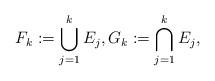
LaTeX: \begin{align*}F_k:=\bigcup_{j=1}^k E_j,G_k:=\bigcap_{j=1}^k E_j,\end{align*}